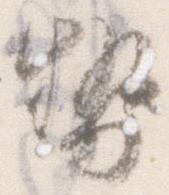
勢